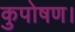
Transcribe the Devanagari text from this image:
कुपोषण।